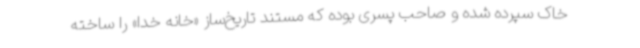
خاک سپرده شده و صاحب پسری بوده که مستند تاریخ‌ساز «خانه خدا» را ساخته